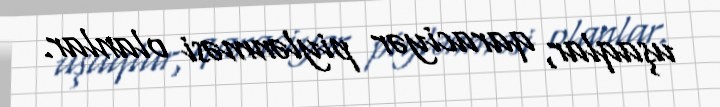
uşaqlar, qaraciyər piylənməsi olanlar.